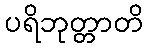
ပရိဘုတ္တာတိ